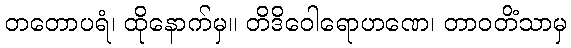
တတောပရံ၊ ထိုနောက်မှ။ တိဒိဝေါရောဟဏေ၊ တာဝတိံသာမှ